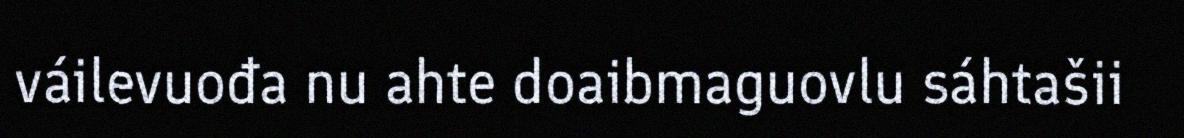
váilevuođa nu ahte doaibmaguovlu sáhtašii